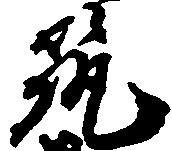
筑